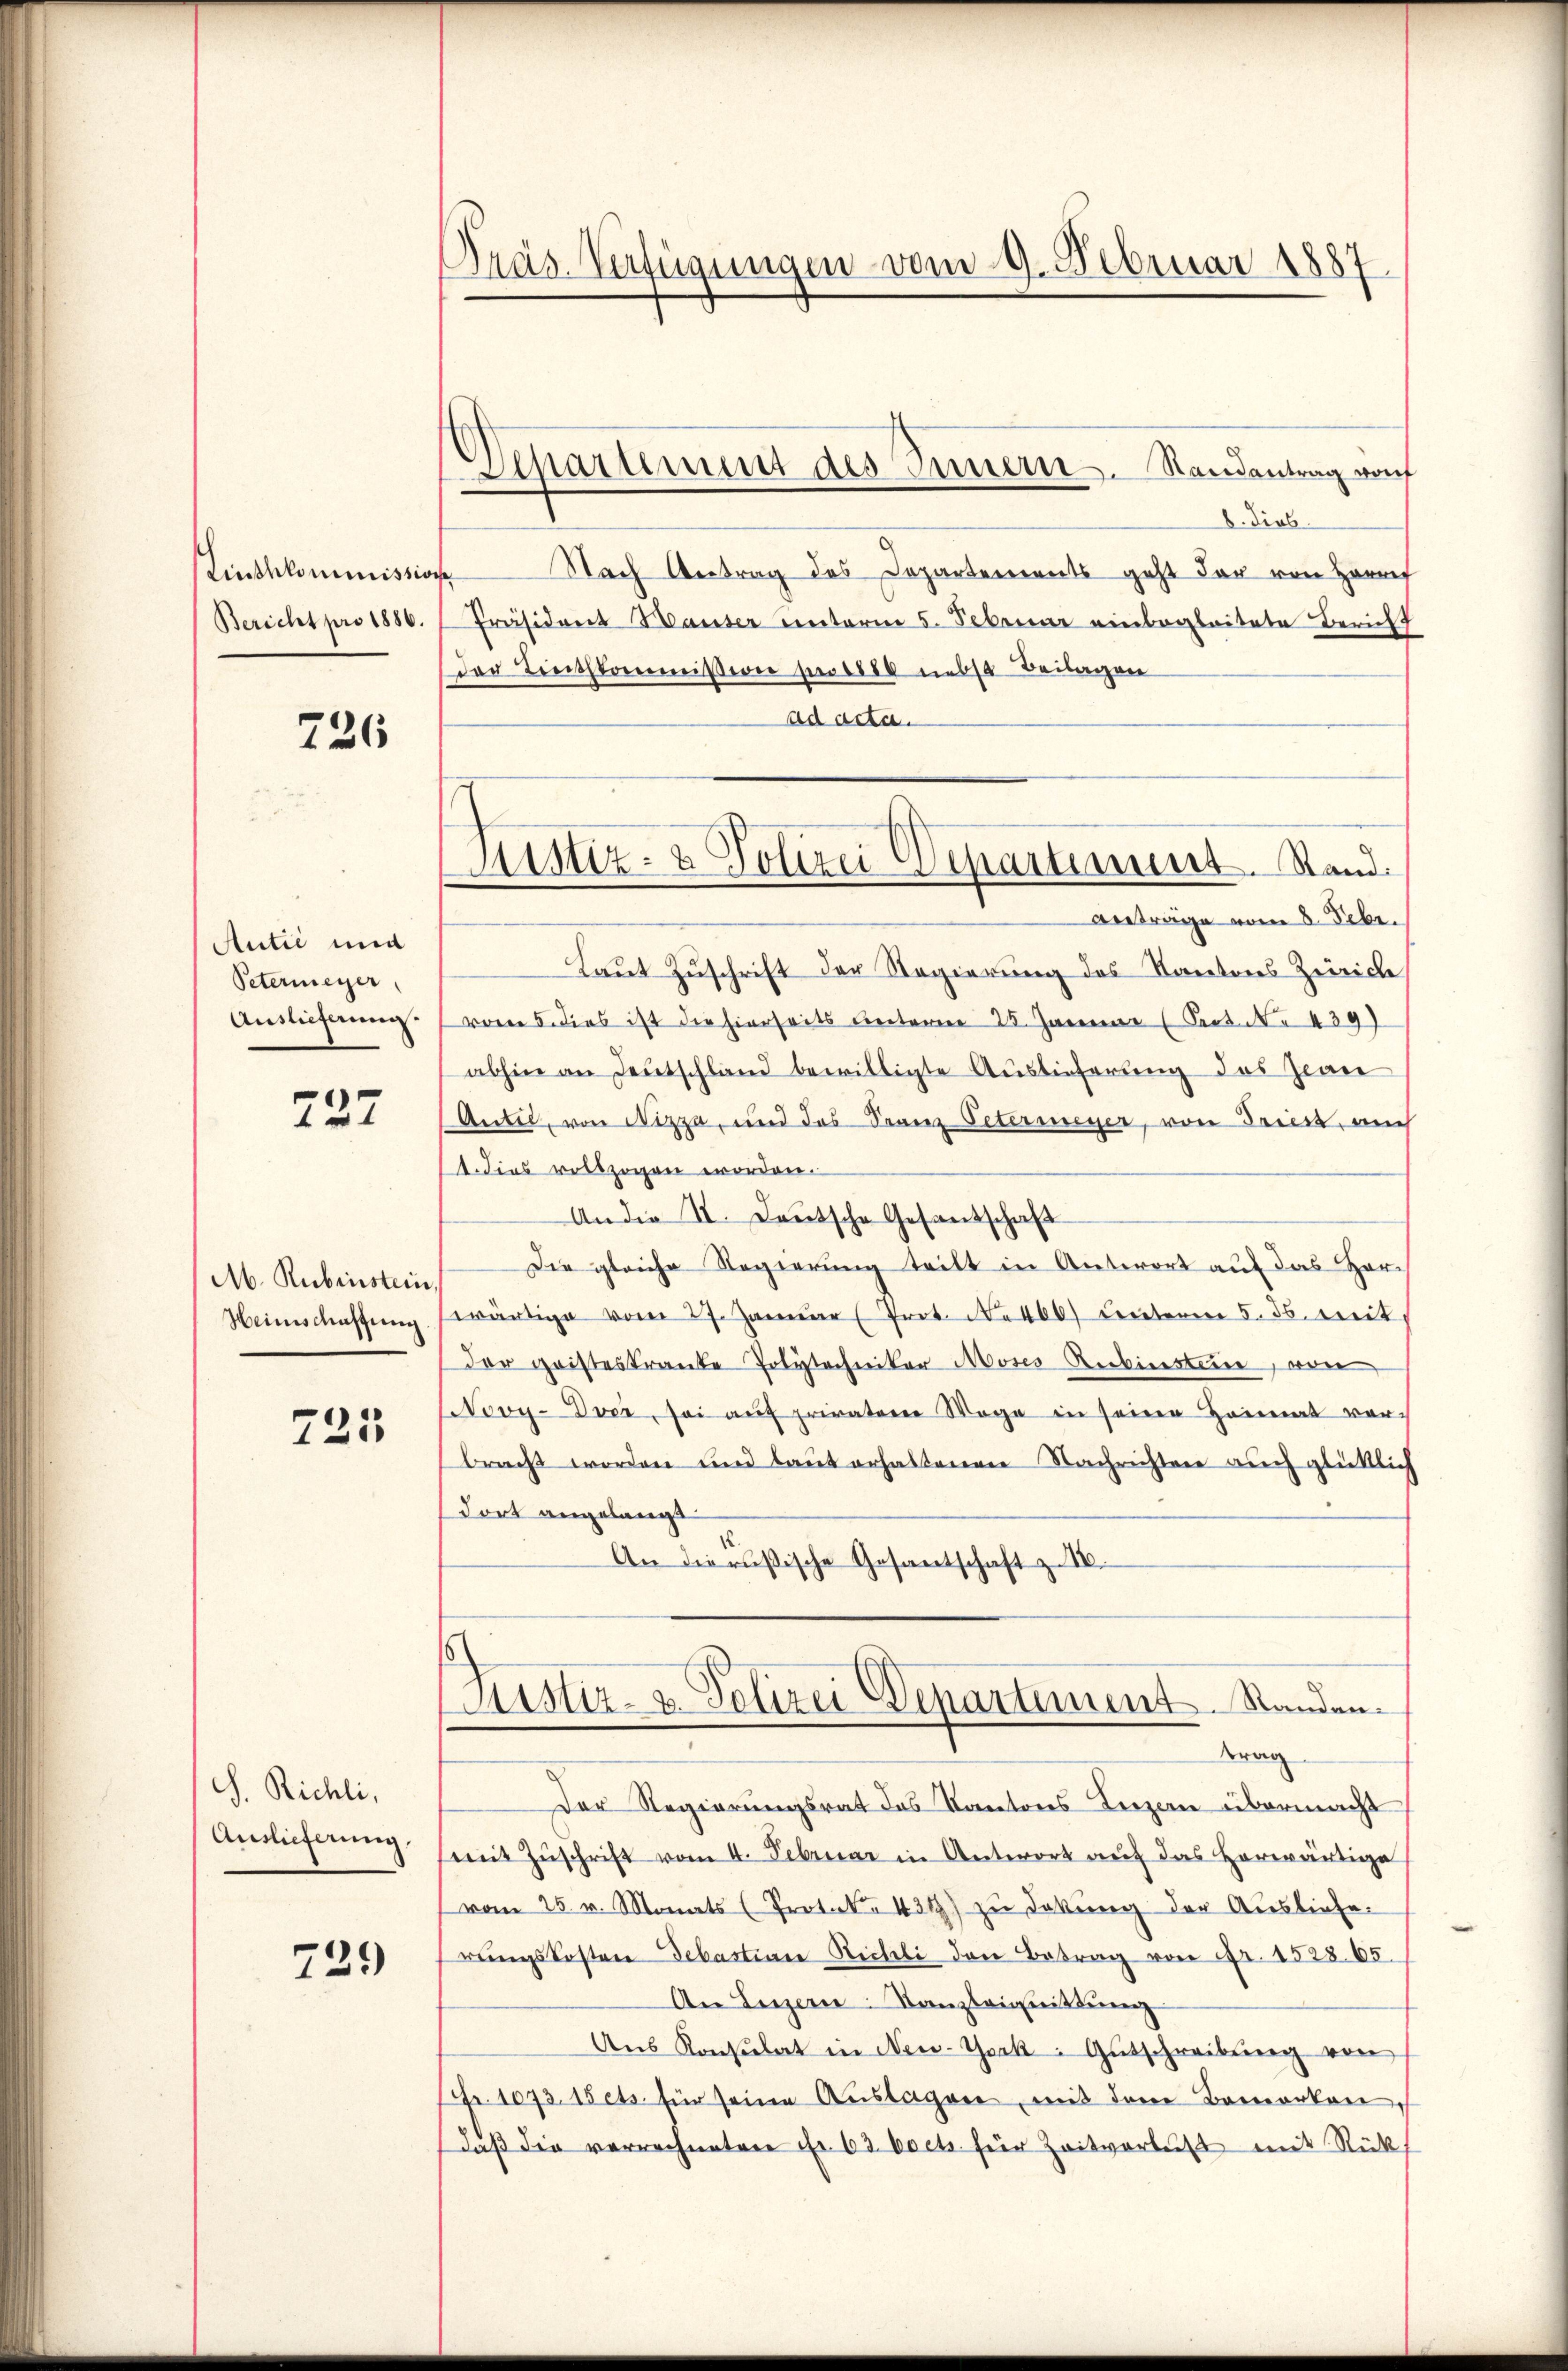
Linthkommission
Bericht pro 1886.

726

Autić und
Petermeyer,
Auslieferung.

227

M. Rubinstein,
Heimschaftung

725

S. Richli,
Auslieferung.

729)

Präs. Verfügungen vom 9. Februar 1887

Sparunt des Simmern. Randantrag von

iustiz- & Polizei Departement. Stand.

d. Lieb.
Nach Antrag des Departements geht der von Harret
Präsident Hauser unterm 5. Februar einbegleitete Bericht
der Linthkommißion pro 1888 nebst Beilagen
ad acta.
Anträge vom 8. Febr.
Laut Zuschrift der Regierung des Kantons Zürich
vom 5. dies ist die hierseits unterm 25. Januar (Pert. N. 439)
abhin an Deutschland bewilligte Auslieferung des Zware
Antil, von Nizza, und das Franz Petermeyer, von Triest, auch
1. dies vollzogen worden.
An die II. Deutsche Gesandtschaft
Die gleiche Regierung teilt in Antwort auf das Her-
wärtige vom 27. Januar (Prot. No 460) unterm 5. ds. mit
der geisteskranke Polytechniker Moses Reckinstein, von
Novy-Dver, sei aŭf privatoren Wege in seine Heimat vor-
bracht worden und laut erhaltenen Nachrichten auch glücklich
dort angelangt
An die resische Gesantschaft z. 16.
Justiz- & Polizei Departement. Standen.
Krag
Der Regierungsrat das Kantons Luzern übermacht
mit Zŭschrift vom 4. Februar in Antwort auf das herwärtige
vom 25. v. Monats (Protoko 431) zŭ dekung der Ausliefe.
rŭngskosten Sebastian Bichli den Betrag von Fr. 152865.
An Luzern. Kanzleignittung
Ans Konsulat in New-York: Gŭtschreibŭng von
chr. 1073. 15 cts. für seine Auslagen mit dem Bemerken,
daβ die verrechneten Fr. 63. Docts. für Zeitverlust mit Rückf